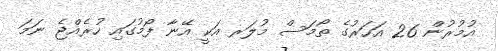
އުމުރުން 26 އަހަރުގެ ތޯމަސް މުލަރ އަކީ އޭނާ ފޯމުގައި ހުރެއްޖެ ނަމަ